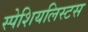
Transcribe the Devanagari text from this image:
स्पेशियलिस्टस